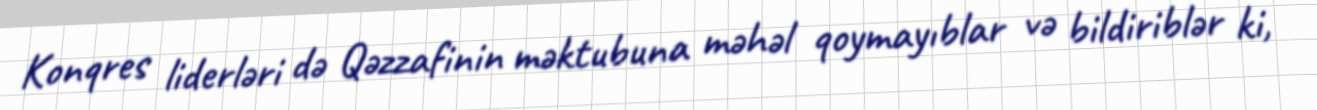
Konqres liderləri də Qəzzafinin məktubuna məhəl qoymayıblar və bildiriblər ki,